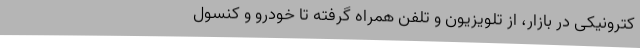
کترونیکی در بازار، از تلویزیون و تلفن همراه گرفته تا خودرو و کنسول